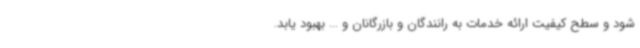
شود و سطح کیفیت ارائه خدمات به رانندگان و بازرگانان و ... بهبود یابد.